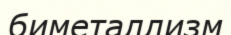
биметаллизм